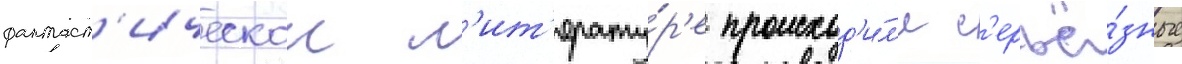
фантаст'ическои л'ит'ерату́р'е происход'и́л'и с'ерьё́зные